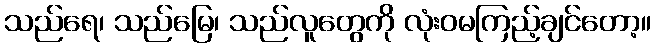
သည်ရေ၊ သည်မြေ၊ သည်လူတွေကို လုံးဝမကြည့်ချင်တော့။